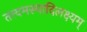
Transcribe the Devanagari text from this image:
तत्त्वमस्यादिलक्ष्यम्